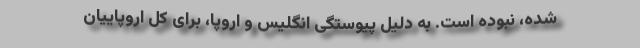
شده، نبوده است. به دلیل پیوستگی انگلیس و اروپا، برای کل اروپاییان